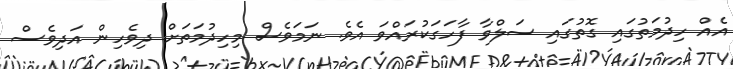
އެއް ހިދުމަތުގައި ގޮތުގައި ސަލްވާ ފާހަގަކުރައްވަ އެވެ. ނަމަވެސް މިހިދުމަތަށް ދިވެހިން އަދިވެސް